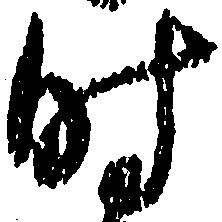
時